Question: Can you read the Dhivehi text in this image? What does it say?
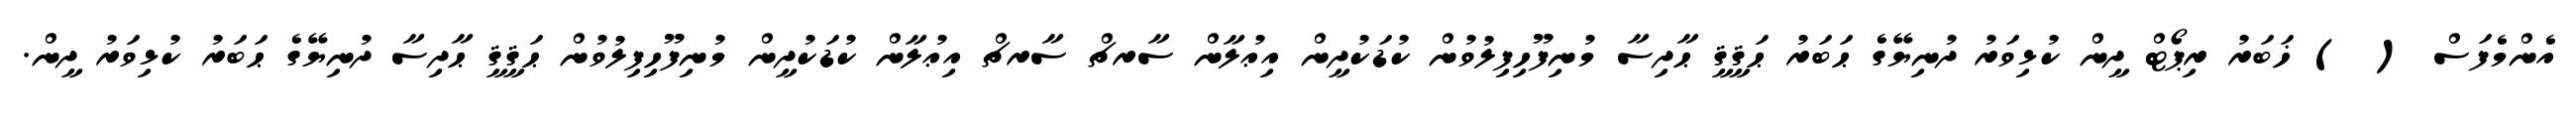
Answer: އެންމެފަސް ( ) ޚަބަރު ރިޕޯޓް ދީން ކުޅިވަރު ދުނިޔޭގެ ޙަބަރު ޙަޤީޤީ ޙާދިސާ މުނިފޫހިފިލުވުން ކުޑަކުދީން އިޢުލާން ސާރޗް ސާރޗް އިޢުލާން ކުޑަކުދީން މުނިފޫހިފިލުވުން ޙަޤީޤީ ޙާދިސާ ދުނިޔޭގެ ޙަބަރު ކުޅިވަރު ދީން.